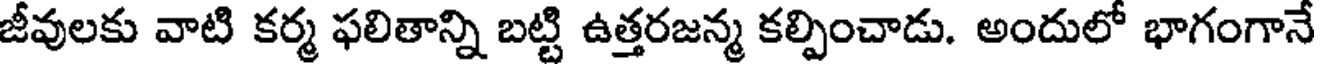
జీవులకు వాటి కర్మ ఫలితాన్ని బట్టి ఉత్తరజన్మ కల్పించాడు. అందులో భాగంగానే